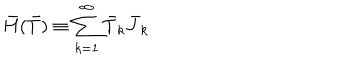
\bar { H } ( \bar { T } ) \equiv \sum _ { k = 1 } ^ { \infty } \bar { T } _ { k } \bar { J } _ { k }